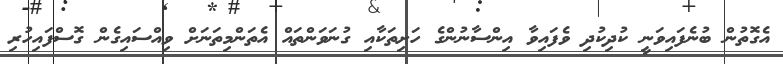
އެގޮތުން ބުނެފައިވަނީ ކުދިކުދި ވެފައިވާ އިންސާނުންގެ ހަށިތަކާއި ގުނަވަންތައް އެތަންމިތަނަށް ވިއްސައިގެން ގޮސްފައިހުރި